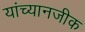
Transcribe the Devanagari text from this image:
यांच्यानजीक